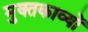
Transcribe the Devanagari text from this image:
मुक्तकाव्यों